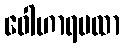
ဝေါဟာရပထာ